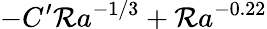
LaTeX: -C^{\prime}\mathcal{R}a^{-1/3}+\mathcal{R}a^{-0.22}